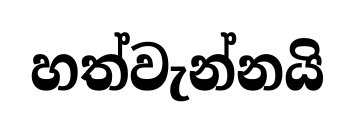
හත්වැන්නයි